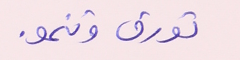
تورق وتنمو.